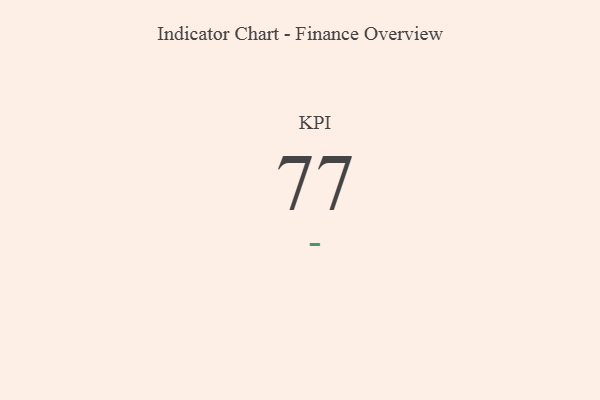
{"axis": {"x": "KPI", "y": "Value"}, "legend": [""], "data": [{"x": "KPI", "y": 77, "type": ""}]}